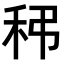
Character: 𥝼